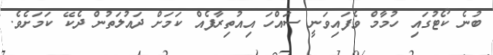
ބުނެ ކޯޓުގައި ހުމާމް ވެފައިވަނީ ސައްހަ އިއުތިރާފެއް ކަމަށް ދައުލަތުން ދެކޭ ކަމަށެވެ.